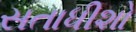
સતાધીશો